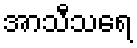
အာသီသရေ